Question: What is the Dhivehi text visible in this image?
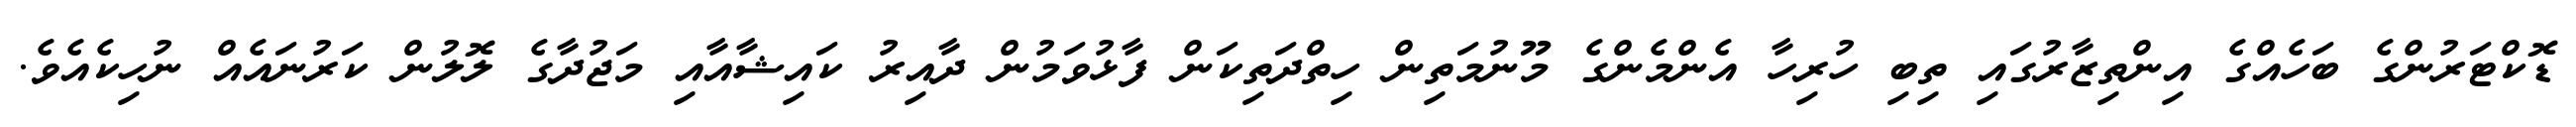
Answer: ޑޮކްޓަރުންގެ ބަހެއްގެ އިންތިޒާރުގައި ތިބި ހުރިހާ އެންމެންގެ މޫނުމަތިން ހިތްދަތިކަން ފާޅުވަމުން ދާއިރު ކައިޝާއާއި މަޖުދާގެ ލޮލުން ކަރުނައެއް ނުހިކެއެވެ.